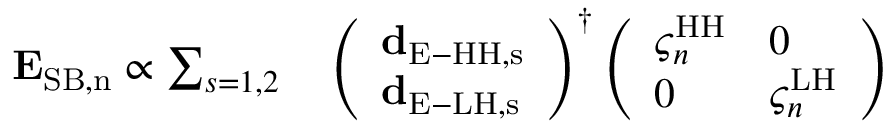
\begin{array} { r l } { { \bf E } _ { \mathrm { S B , n } } \propto \sum _ { s = 1 , 2 } } & { { } \left( \begin{array} { l } { { \bf d } _ { \mathrm { E - H H , s } } } \\ { { \bf d } _ { \mathrm { E - L H , s } } } \end{array} \right) ^ { \dag } \left( \begin{array} { l l } { \varsigma _ { n } ^ { \mathrm { H H } } } & { 0 } \\ { 0 } & { \varsigma _ { n } ^ { \mathrm { L H } } } \end{array} \right) } \end{array}